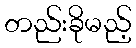
တည်းခိုမည့်